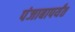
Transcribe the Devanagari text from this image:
पंजाबापर्यंत